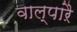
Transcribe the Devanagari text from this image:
वाल्पाऱै